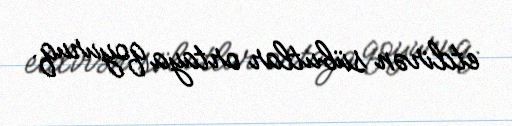
etdirən sübutlar ortaya qoyuruq.